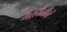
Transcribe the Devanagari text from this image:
तऱ्होळीचं